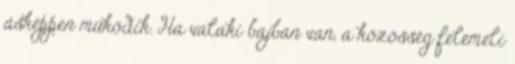
ásképpen működik. Ha valaki bajban van, a közösség felemeli